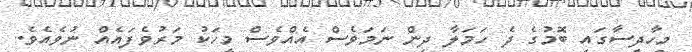
މިހާދިސާގައި ބޮމުގެ ދެ ހަމަލާ ދިން ނަމަވެސް އެއްވެސް މީހަކު މަރުވެފައެއް ނުވެއެވެ.